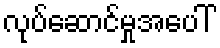
လုပ်ဆောင်မှုအပေါ်